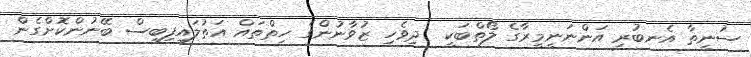
ސުނީތާ އެނބުރި އަންނަނީމީރާގެ ލޯތްބަކީ  ދިވެހި ޒުވާނުންގެ ހިތްތައް އަތުލައިފިބިސް ބޭނުންކޮށްގެން